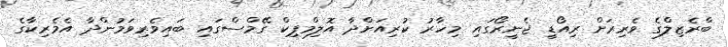
ބްރެޒިލްގެ ވެރިރަށް ރިއޯޑީ ޖެނީރޯގައި މިހާރު ކުރިއަށްދާ އޮލިމްޕިކް ގޭމްސްގައި ބައިވެރިވަމުންދާ އެމެރިކާގެ